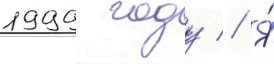
1999 году // Я́